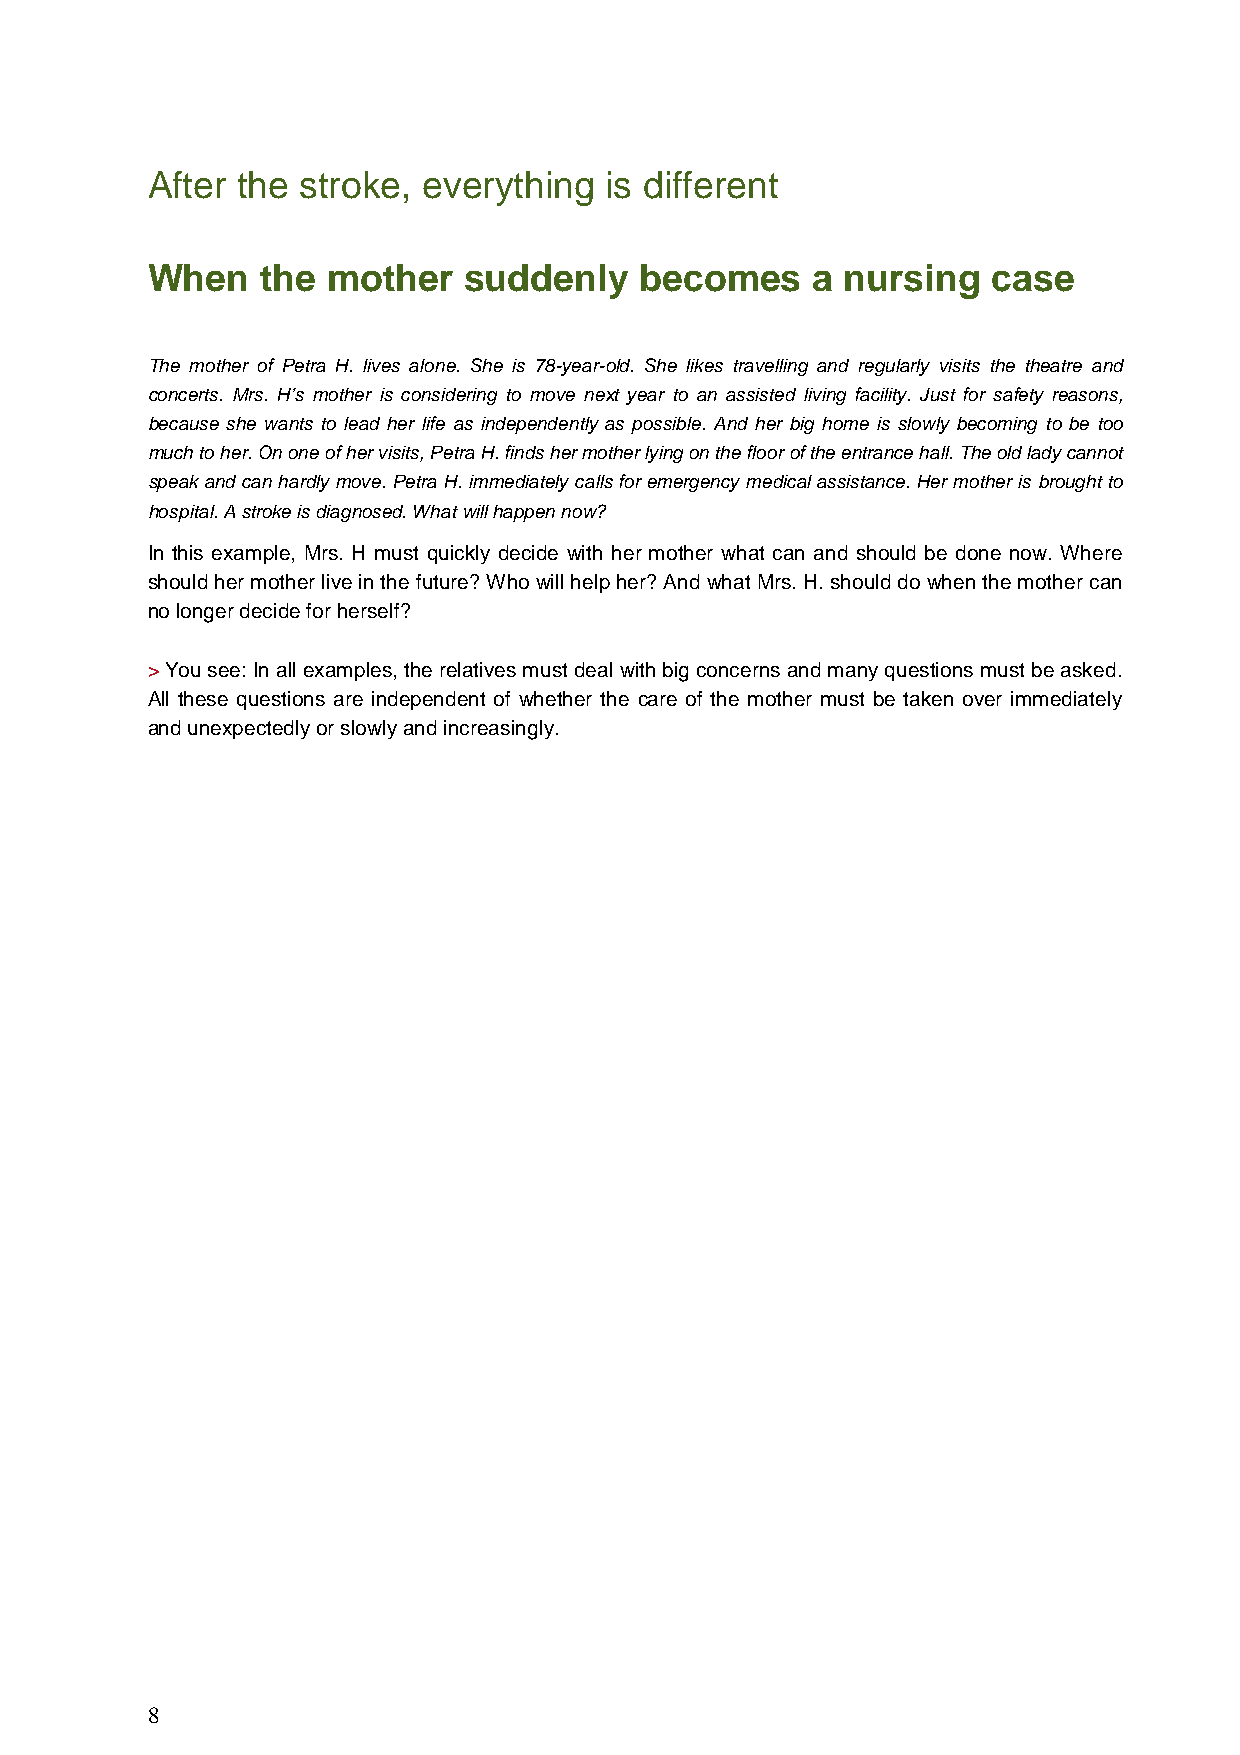
After the stroke, everything  is different
 When   the  mother   suddenly   becomes     a nursing   case
 The mother of Petra H. lives alone. She is 78-year-old. She likes travelling and regularly visits the theatre and
 concerts. Mrs. H’s mother is considering to move next year to an assisted living facility. Just for safety reasons,
 because she wants to lead her life as independently as possible. And her big home is slowly becoming to be too
 much to her. On one of her visits, Petra H. finds her mother lying on the floor of the entrance hall. The old lady cannot
 speak and can hardly move. Petra H. immediately calls for emergency medical assistance. Her mother is brought to
 hospital. A stroke is diagnosed. What will happen now?
 In this example, Mrs. H must quickly decide with her mother what can and should be done now. Where
 should her mother live in the future? Who will help her? And what Mrs. H. should do when the mother can
 no longer decide for herself?
 > You see: In all examples, the relatives must deal with big concerns and many questions must be asked.
 All these questions are independent of whether the care of the mother must be taken over immediately
 and unexpectedly or slowly and increasingly.
 8